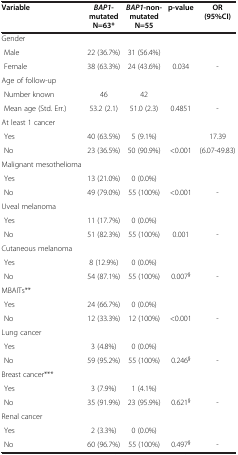
<table><thead><tr><td><b>Variable</b></td><td><b><i>BAP1</i>-mutated N=63*</b></td><td><b><i>BAP1</i>-non-mutated N=55</b></td><td><b>p-value</b></td><td><b>OR (95%CI)</b></td></tr></thead><tbody><tr><td>Gender</td><td> </td><td> </td><td> </td><td> </td></tr><tr><td> Male</td><td>22 (36.7%)</td><td>31 (56.4%)</td><td> </td><td> </td></tr><tr><td> Female</td><td>38 (63.3%)</td><td>24 (43.6%)</td><td>0.034</td><td>-</td></tr><tr><td>Age of follow-up</td><td> </td><td> </td><td> </td><td> </td></tr><tr><td> Number known</td><td>46</td><td>42</td><td> </td><td> </td></tr><tr><td> Mean age (Std. Err.)</td><td>53.2 (2.1)</td><td>51.0 (2.3)</td><td>0.4851</td><td>-</td></tr><tr><td>At least 1 cancer</td><td> </td><td> </td><td> </td><td> </td></tr><tr><td> Yes</td><td>40 (63.5%)</td><td>5 (9.1%)</td><td> </td><td>17.39</td></tr><tr><td> No</td><td>23 (36.5%)</td><td>50 (90.9%)</td><td>&lt;0.001</td><td>(6.07-49.83)</td></tr><tr><td>Malignant mesothelioma</td><td> </td><td> </td><td> </td><td> </td></tr><tr><td> Yes</td><td>13 (21.0%)</td><td>0 (0.0%)</td><td> </td><td> </td></tr><tr><td> No</td><td>49 (79.0%)</td><td>55 (100%)</td><td>&lt;0.001</td><td>-</td></tr><tr><td>Uveal melanoma</td><td> </td><td> </td><td> </td><td> </td></tr><tr><td> Yes</td><td>11 (17.7%)</td><td>0 (0.0%)</td><td> </td><td> </td></tr><tr><td> No</td><td>51 (82.3%)</td><td>55 (100%)</td><td>0.001</td><td>-</td></tr><tr><td>Cutaneous melanoma</td><td> </td><td> </td><td> </td><td> </td></tr><tr><td> Yes</td><td>8 (12.9%)</td><td>0 (0.0%)</td><td> </td><td> </td></tr><tr><td> No</td><td>54 (87.1%)</td><td>55 (100%)</td><td>0.007<sup>§</sup></td><td>-</td></tr><tr><td>MBAITs**</td><td> </td><td> </td><td> </td><td> </td></tr><tr><td> Yes</td><td>24 (66.7%)</td><td>0 (0.0%)</td><td> </td><td> </td></tr><tr><td> No</td><td>12 (33.3%)</td><td>12 (100%)</td><td>&lt;0.001</td><td>-</td></tr><tr><td>Lung cancer</td><td> </td><td> </td><td> </td><td> </td></tr><tr><td> Yes</td><td>3 (4.8%)</td><td>0 (0.0%)</td><td> </td><td> </td></tr><tr><td> No</td><td>59 (95.2%)</td><td>55 (100%)</td><td>0.246<sup>§</sup></td><td>-</td></tr><tr><td>Breast cancer***</td><td> </td><td> </td><td> </td><td> </td></tr><tr><td> Yes</td><td>3 (7.9%)</td><td>1 (4.1%)</td><td> </td><td> </td></tr><tr><td> No</td><td>35 (91.9%)</td><td>23 (95.9%)</td><td>0.621<sup>§</sup></td><td>-</td></tr><tr><td>Renal cancer</td><td> </td><td> </td><td> </td><td> </td></tr><tr><td> Yes</td><td>2 (3.3%)</td><td>0 (0.0%)</td><td> </td><td> </td></tr><tr><td> No</td><td>60 (96.7%)</td><td>55 (100%)</td><td>0.497<sup>§</sup></td><td>-</td></tr></tbody></table>